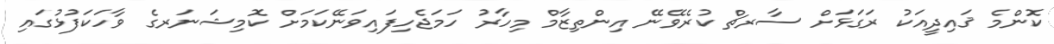
ކޮންމެ ޤައިދީއަކު ރަގަޅަށް ސާރޗް ކުރެވޭނޭ އިންތިޒާމް މިހާރު ހަމަޖެހިފައިވަނޭކަމަށް ކޮމިޝަނަރގެ ވާހަކަފުޅުގައި